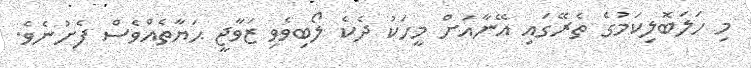
މި ހަލަބޮލިކަމުގެ ތެރޭގައި އޭނާއަށް މީހަކު ދެކެ ލޯބިވެވި ޒަވާޖީ ޙަޔާތެއްވެސް ފެށުނެވެ.